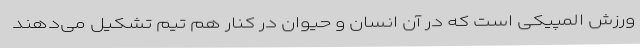
ورزش المپیکی است که در آن انسان و حیوان در کنار هم تیم تشکیل می‌دهند